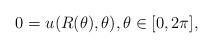
LaTeX: \begin{align*}0 = u(R(\theta),\theta) , \theta \in [0,2\pi] ,\end{align*}